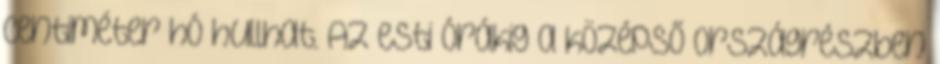
centiméter hó hullhat. Az esti órákig a középső országrészben